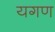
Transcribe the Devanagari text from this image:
यगण